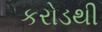
કરોડથી